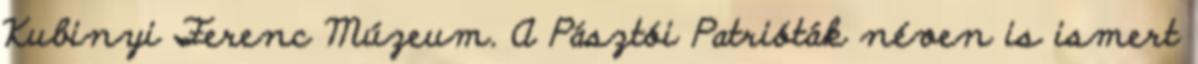
Kubinyi Ferenc Múzeum. A Pásztói Patrióták néven is ismert